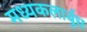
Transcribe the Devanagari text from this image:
मध्यकलार्बुध